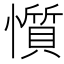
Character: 懫